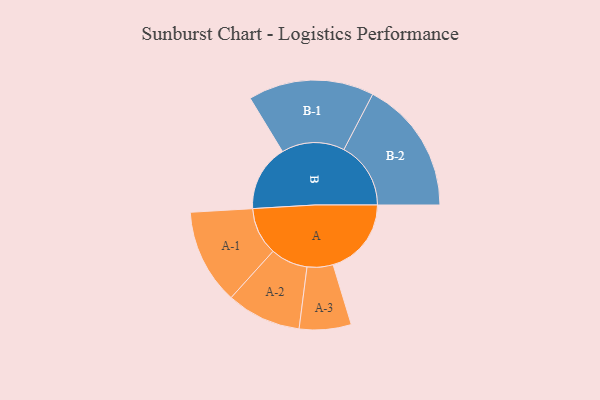
{"axis": {"x": "Segment", "y": "Value"}, "legend": ["", "A", "B"], "data": [{"x": "A", "y": 317, "type": ""}, {"x": "B", "y": 269, "type": ""}, {"x": "A-1", "y": 193, "type": "A"}, {"x": "A-2", "y": 151, "type": "A"}, {"x": "A-3", "y": 105, "type": "A"}, {"x": "B-1", "y": 255, "type": "B"}, {"x": "B-2", "y": 271, "type": "B"}]}